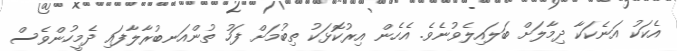
އެކަކު އަނެކަކާ ދިމާލަށް ބަލައިލެވުނެވެ. އެހެން އިރުކޮޅަކު ތިބުމަށް ފަހު ތުންއަނބުރާލާފައި ދެމީހުންވެސް